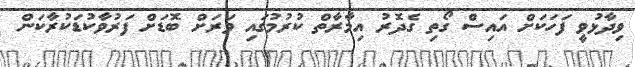
ވިދާޅުވީ ފަހަކަށް އައިސް ގޯތި ގެދޮރު އިމާރާތް ކުރުމުގައި ވަރަށް ބޮޑަށް ފަރުވާކުޑަކުރާކަން